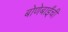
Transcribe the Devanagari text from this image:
बोणेबाईंची